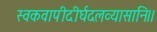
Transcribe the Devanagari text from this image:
स्वकवापीदीर्घदलव्यासानि।।